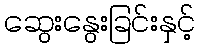
ဆွေးနွေးခြင်းနှင့်